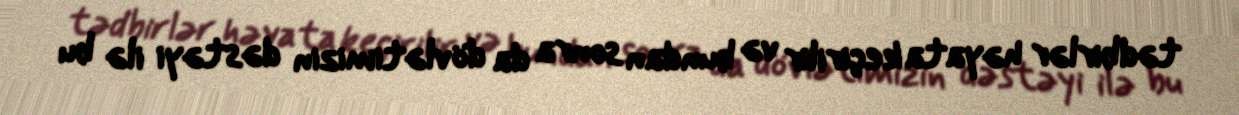
tədbirlər həyata keçirilir və bundan sonra da dövlətimizin dəstəyi ilə bu